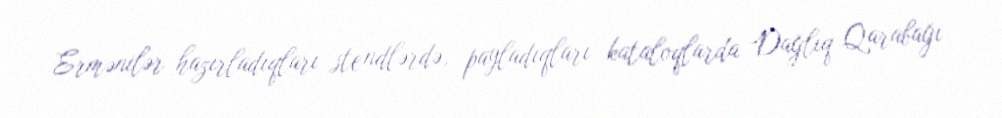
Ermənilər hazırladıqları stendlərdə, payladıqları kataloqlarda Dağlıq Qarabağı